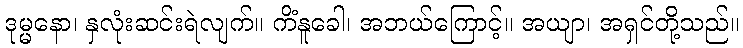
ဒုမ္မနော၊ နှလုံးဆင်းရဲလျက်။ ကိံနူခေါ၊ အဘယ်ကြောင့်။ အယျာ၊ အရှင်တို့သည်။